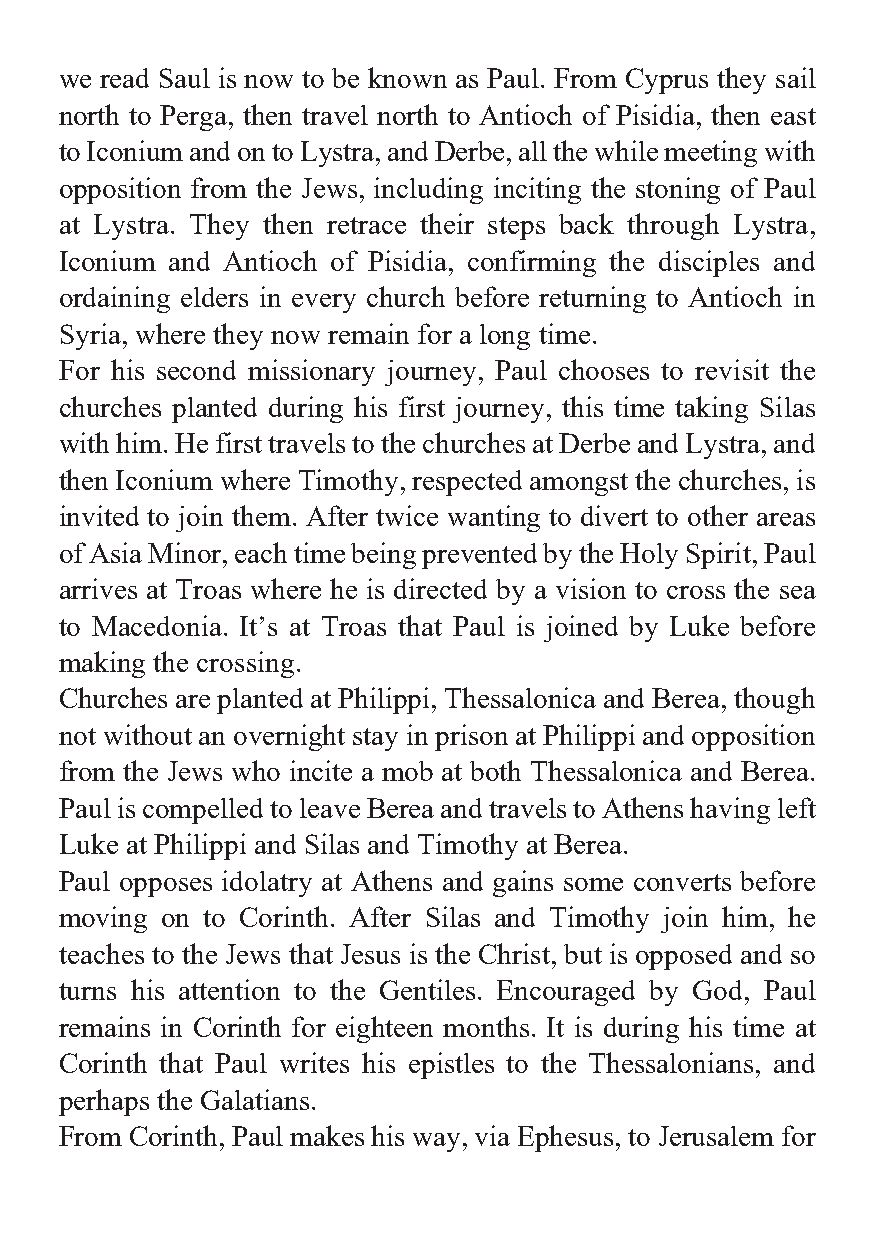
we read Saul is now to be known as Paul. From Cyprus they sail
 north to Perga, then travel north to Antioch of Pisidia, then east
 to Iconium and on to Lystra, and Derbe, all the while meeting with
 opposition from the Jews, including inciting the stoning of Paul
 at Lystra. They then retrace their steps back through Lystra,
 Iconium and Antioch of Pisidia, confirming the disciples and
 ordaining elders in every church before returning to Antioch in
 Syria, where they now remain for a long time.
 For his second missionary journey, Paul chooses to revisit the
 churches planted during his first journey, this time taking Silas
 with him. He first travels to the churches at Derbe and Lystra, and
 then Iconium where Timothy, respected amongst the churches, is
 invited to join them. After twice wanting to divert to other areas
 of Asia Minor, each time being prevented by the Holy Spirit, Paul
 arrives at Troas where he is directed by a vision to cross the sea
 to Macedonia. It’s at Troas that Paul is joined by Luke before
 making the crossing.
 Churches are planted at Philippi, Thessalonica and Berea, though
 not without an overnight stay in prison at Philippi and opposition
 from the Jews who incite a mob at both Thessalonica and Berea.
 Paul is compelled to leave Berea and travels to Athens having left
 Luke at Philippi and Silas and Timothy at Berea.
 Paul opposes idolatry at Athens and gains some converts before
 moving on to Corinth. After Silas and Timothy join him, he
 teaches to the Jews that Jesus is the Christ, but is opposed and so
 turns his attention to the Gentiles. Encouraged by God, Paul
 remains in Corinth for eighteen months. It is during his time at
 Corinth that Paul writes his epistles to the Thessalonians, and
 perhaps the Galatians.
 From Corinth, Paul makes his way, via Ephesus, to Jerusalem for